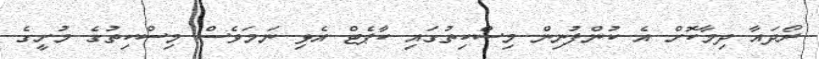
ރޯދައާ ދިމާކޮށް އެ ކުންފުނިން މިސްކިތުގައި ކާޕެޓް އެޅި ނަމަވެސް މިސްކިތުގެ މުށީގެ